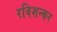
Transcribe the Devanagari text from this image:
रविशन्कर